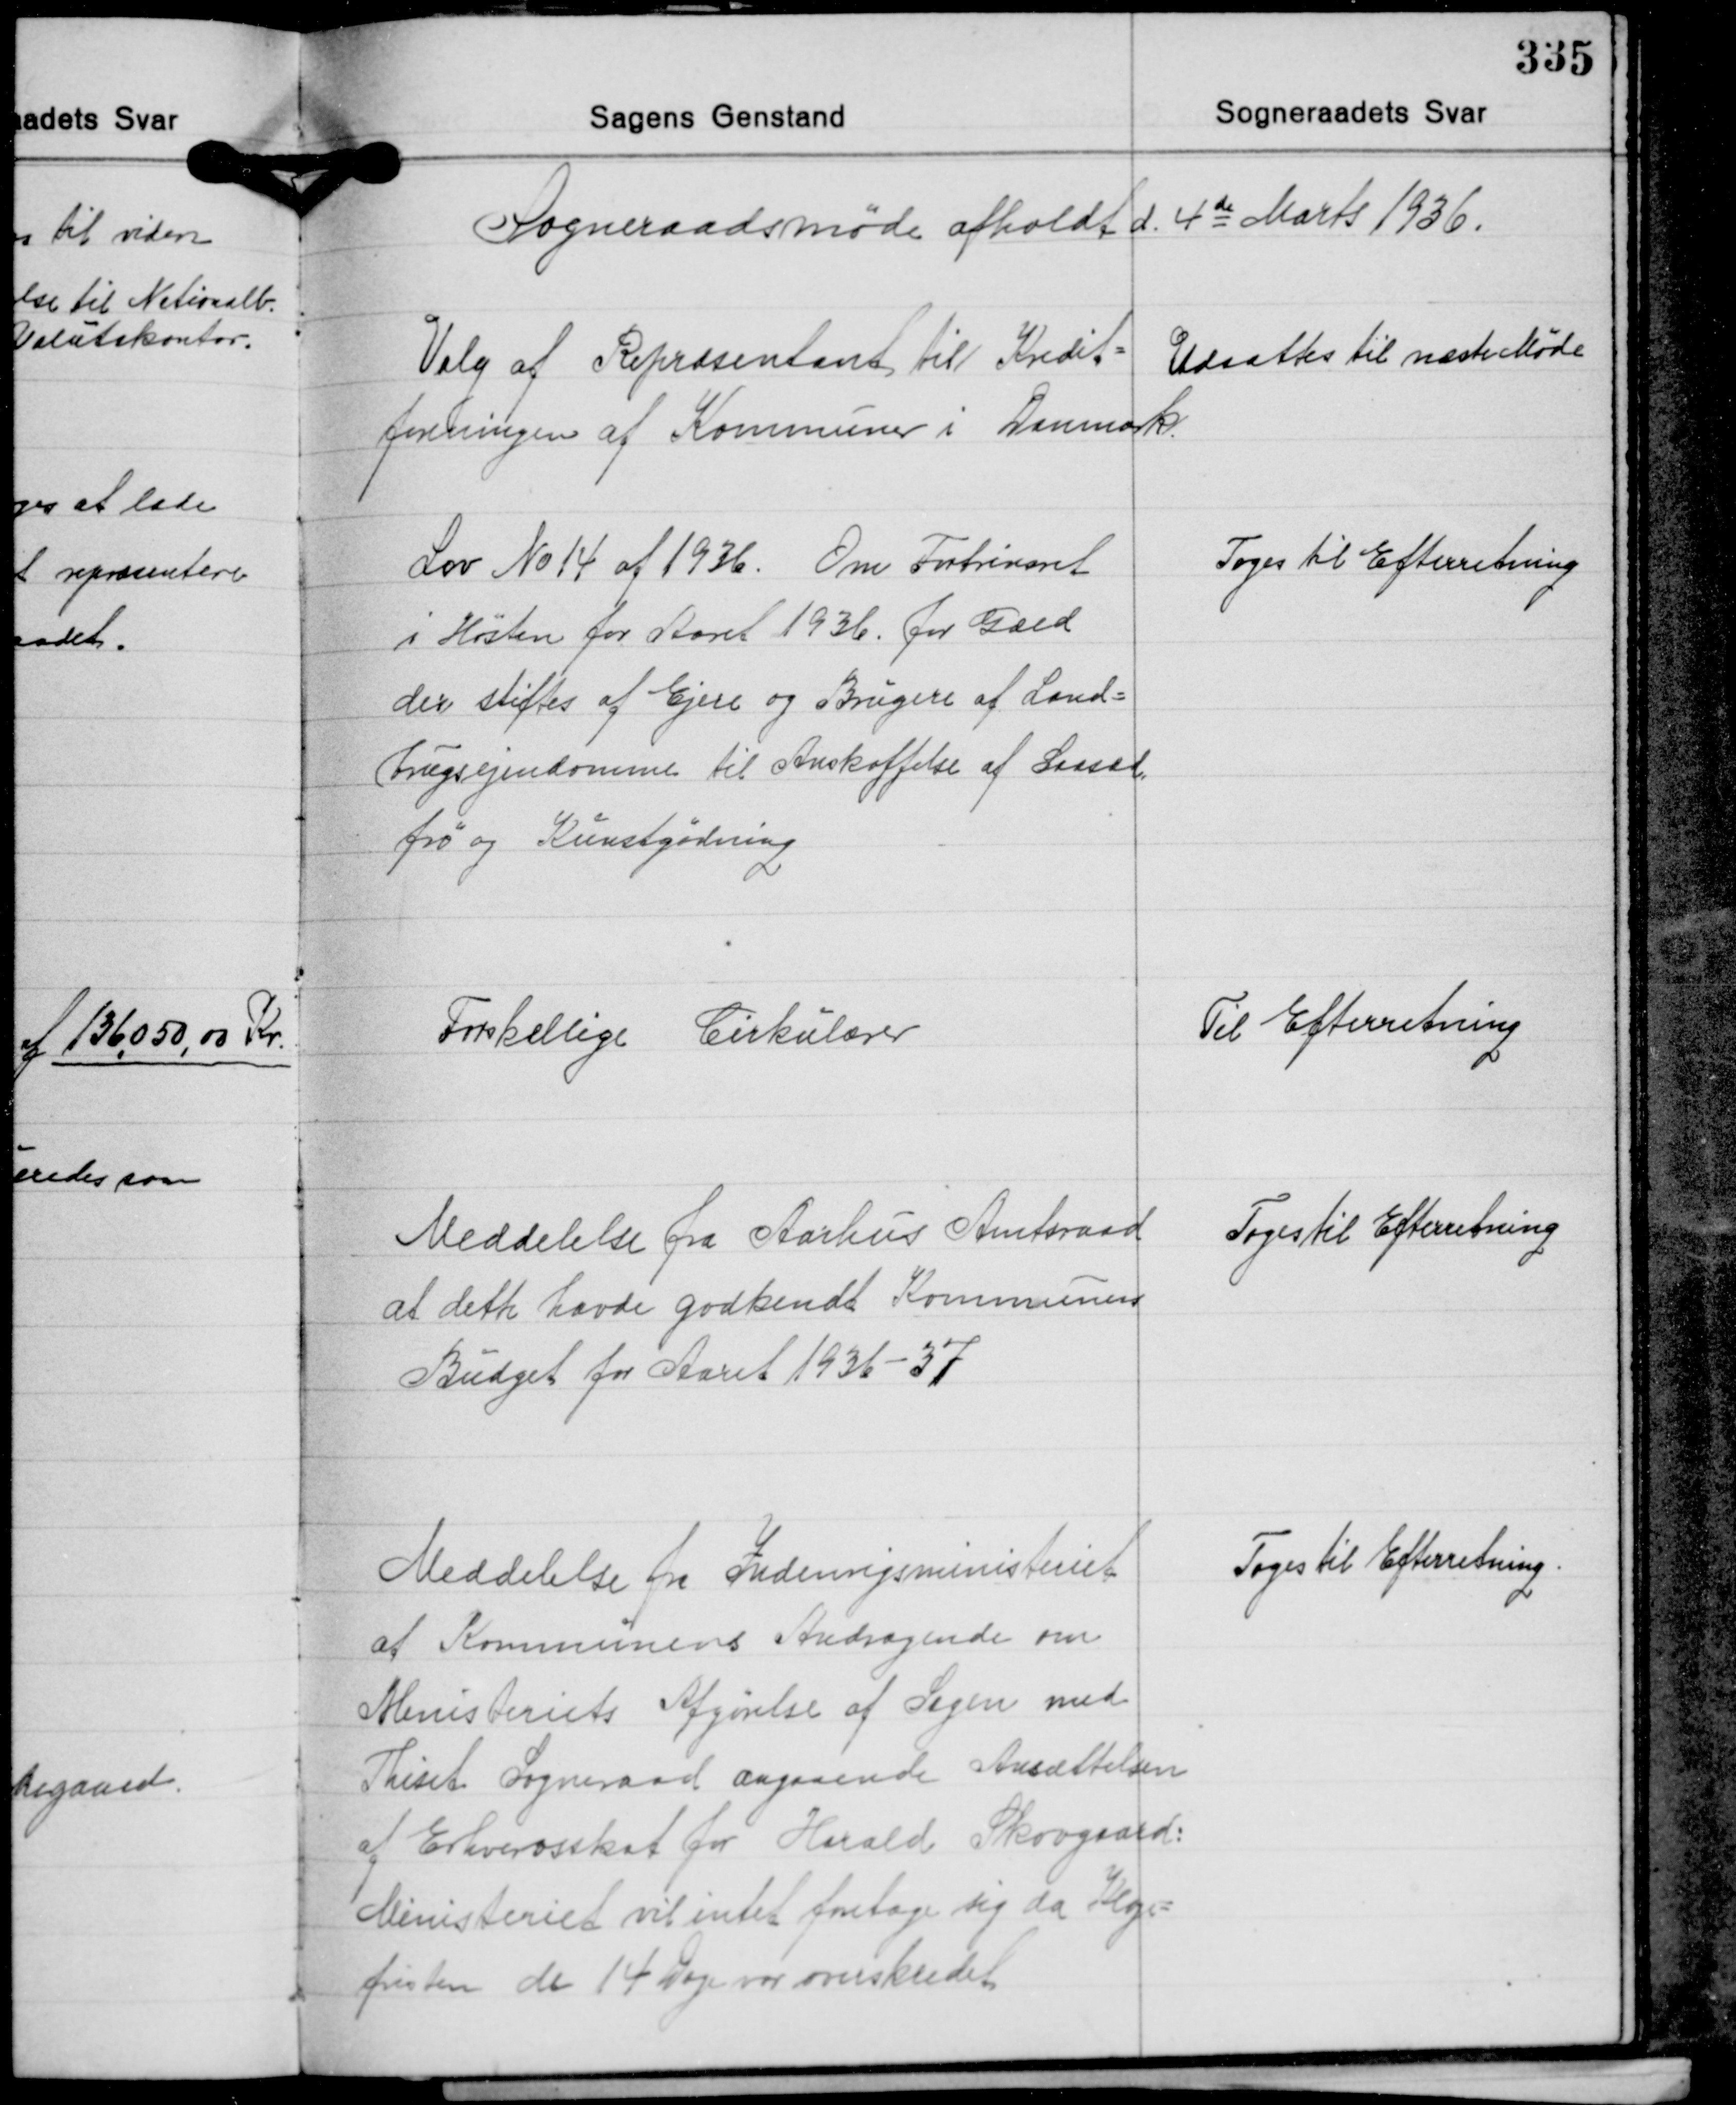
Transskription:
Sogneraadsmøde afholdt d. 4de Marts 1936.

Valg af Repræsentant til Kredit-
foreningen af Kommuner i Danmark.

Udsættes til næste Møde

Lov No 14 af 1936. Om Fortrinsret
i Høsten for Aaret 1936 for Gæld
der stiftes af Ejere og Brugere af Land-
brugsejendomme til Anskaffelse af Saasæd,
frø og Kunstgødning

Toges til Efterretning

Forskellige Cirkulærer

Til Efterretning

Meddelelse fra Aarhus Amtsraad
at dette havde godkendt Kommunens
Budget for Aaret 1936-37

Toges til Efterretning

Meddelelse fra Indenrigsministeriet
at Kommunens Andragende om
Ministeriets Afgørelse af Sagen med
Thiset Sogneraad angaaende Ansættelsen
af Erhvervsskat for Harald Skovgaard:
Ministeriet vil intet foretage sig da Klage
fristen de 14 Dage var overskredet.

Toges til Efterretning.